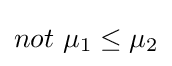
{\textstyle not\ \mu _{1}\leq \mu _{2}}